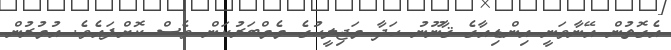
އެގޮތުން އޭނާވަނީ އިންޑިއާގެ ޤާނޫނު ހަދާ މަޖިލީހުގެ މެމްބަރުކަން ވެސް ކޮށްފައެވެ. އުމުރުން